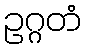
ဥဂ္ဂတံ